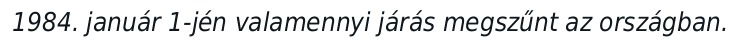
1984. január 1-jén valamennyi járás megszűnt az országban.